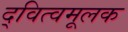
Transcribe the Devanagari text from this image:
द्‍वित्वमूलक